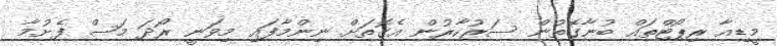
މީޑިއާ ރިޕޯޓްތައް ބުނާގޮތުން ސަރުކާރުން އެގޮތަށް ނިންމާފައި މިވަނީ ރޯދަ މަސް ފެށުމާ